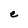
Character: e